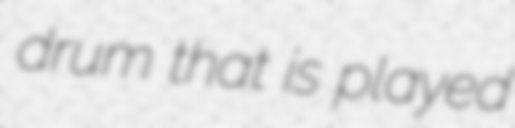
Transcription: drum that is played